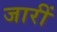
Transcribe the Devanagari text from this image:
जारीं